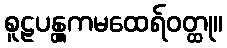
စူဠပန္တွကမထေရ်ဝတ္ထု။